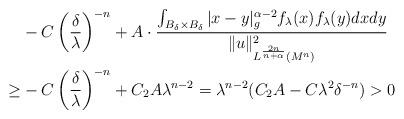
LaTeX: \begin{align*} &-C\left(\frac\delta\lambda\right)^{-n}+A \cdot \frac{\int_{B_\delta\times B_\delta}|x-y|_g^{\alpha-2}f_\lambda(x)f_\lambda(y)dxdy} {\|u\|_{L^{\frac{2n}{n+\alpha}}(M^n)}^2}\\ \geq&-C\left(\frac\delta\lambda\right)^{-n}+C_2A\lambda^{n-2} =\lambda^{n-2}(C_2A-C\lambda^2\delta^{-n})>0 \end{align*}